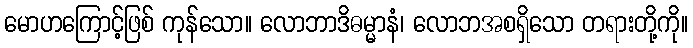
မောဟကြောင့်ဖြစ် ကုန်သော။ လောဘာဒိဓမ္မာနံ၊ လောဘအစရှိသော တရားတို့ကို။